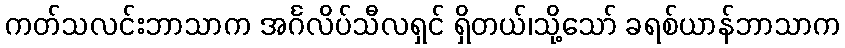
ကတ်သလင်းဘာသာက အင်္ဂလိပ်သီလရှင် ရှိတယ်၊သို့သော် ခရစ်ယာန်ဘာသာက